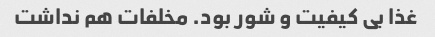
غذا بی کیفیت و شور بود. مخلفات هم نداشت